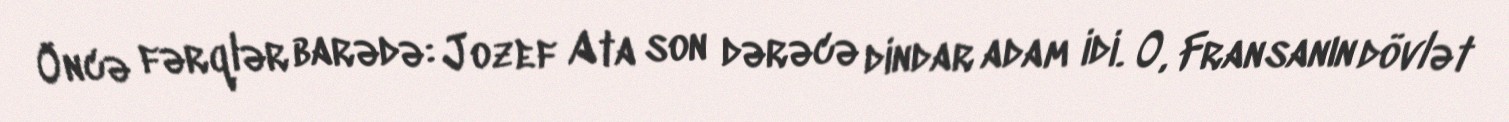
Öncə fərqlər barədə: Jozef Ata son dərəcə dindar adam idi. O, Fransanın dövlət